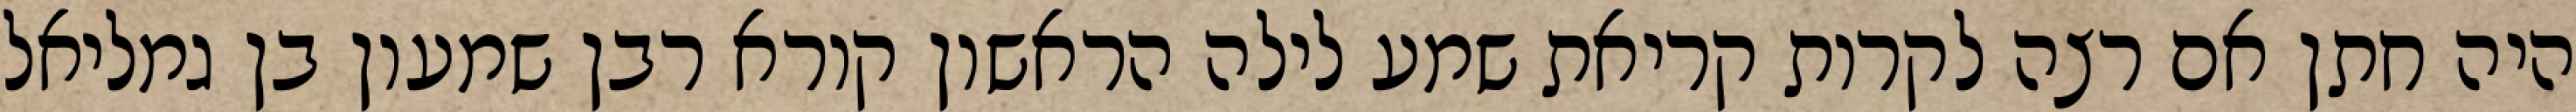
היה חתן אם רצה לקרות קריאת שמע לילה הראשון קורא רבן שמעון בן גמליאל